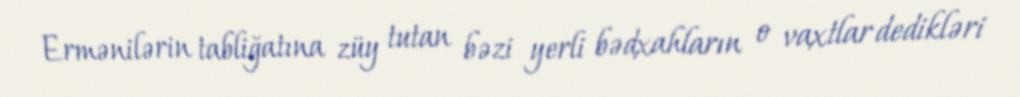
Ermənilərin tabliğatına züy tutan bəzi yerli bədxahların o vaxtlar dedikləri